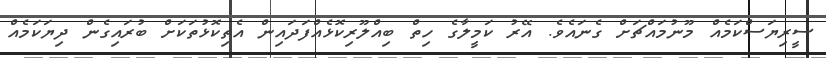
ސީރިޔަސްކަމެއް މޫނުމައްޗަށް ގެނައެވެ. އޭރު ކަމީލާގެ ހިތް ބިއްލޫރިކޮޅެއްފަދައިން އެތިކޮޅުތަކަށް ބުރައިގެން ދިޔަކަމެއް